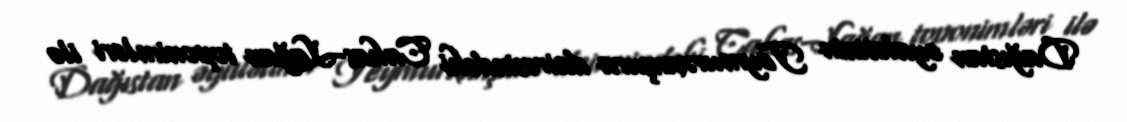
Dağıstan əyalətinin Teymurxanşura dairəsindəki Cakas-Lağan toponimləri ilə